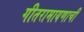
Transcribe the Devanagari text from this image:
गीतरामायणाची